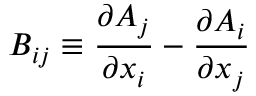
B _ { i j } \equiv { \frac { \partial A _ { j } } { \partial x _ { i } } } - { \frac { \partial A _ { i } } { \partial x _ { j } } }